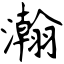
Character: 瀚